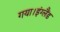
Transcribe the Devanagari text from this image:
गया।इंग्लैंड